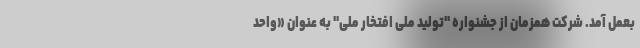
بعمل آمد. شرکت همزمان از جشنواره "تولید ملی افتخار ملی" به عنوان «واحد